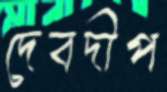
দেবদীপ